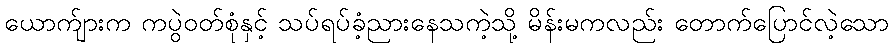
ယောက်ျားက ကပွဲဝတ်စုံနှင့် သပ်ရပ်ခံ့ညားနေသကဲ့သို့ မိန်းမကလည်း တောက်ပြောင်လဲ့သော